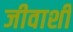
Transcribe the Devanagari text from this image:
जीवाशी